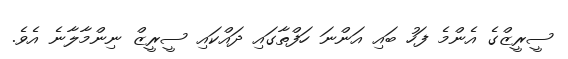
ސީރީޒްގެ އެންމެ ފަހު ބައި އަންނަ ހަފްތާގައި ދައްކައި ސީރީޒް ނިންމާލާނެ އެވެ.